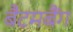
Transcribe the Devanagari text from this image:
बैटमबैंग